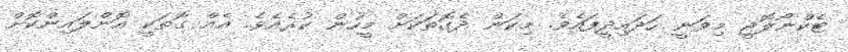
ޓެކްނޯލޮޖީ މިވަނީ ހަދައިދީފައެވެ. މިކަން ދެގޮތަކަށް މީހުން ކުރެއެވެ. އެއް ގޮތަކީ އޮންލައިންކޮށް